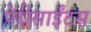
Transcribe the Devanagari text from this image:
पेरीसाईंटस